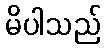
မိပါသည်